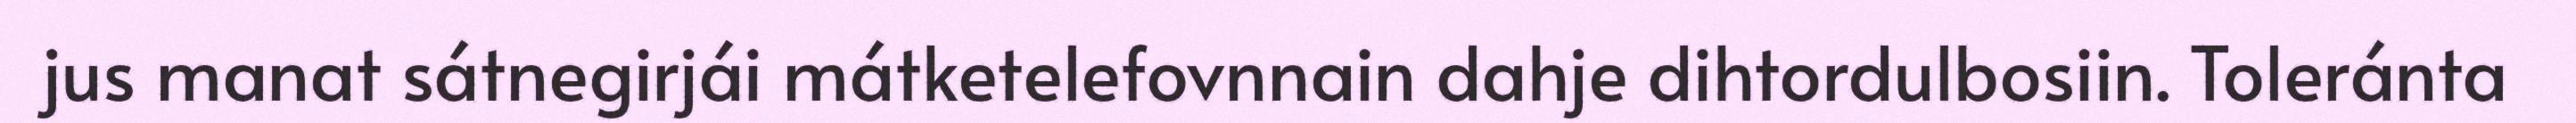
jus manat sátnegirjái mátketelefovnnain dahje dihtordulbosiin. Toleránta